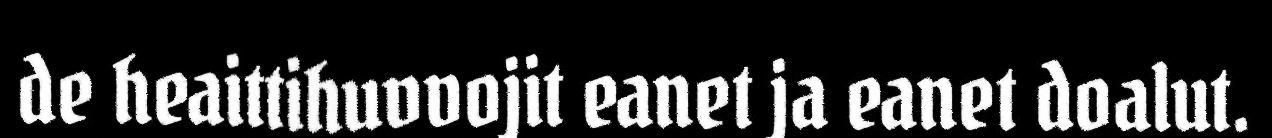
de heaittihuvvojit eanet ja eanet doalut.